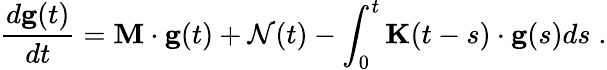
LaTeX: \frac{d{\mathbf g}(t)}{dt}={\mathbf M}\cdot{\mathbf g}(t)+{\cal N}(t)-\int_{0}^{t}{\mathbf K}(t-s)\cdot{\mathbf g}(s)ds\; .